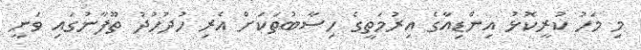
މި މަހު ކުރީކޮޅު އިންޑިއާގެ އިރުމަތީގެ ހިސާބުތަކަށް އެރި ހުދުހުދު ތޫފާނުގައި ވަނީ